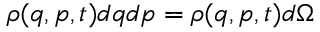
\rho ( q , p , t ) d q d p = \rho ( q , p , t ) d \Omega